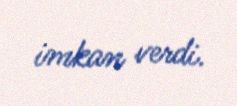
imkan verdi.